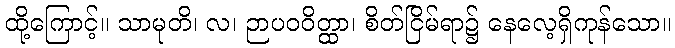
ထို့ကြောင့်။ သာမုတိ၊ လ၊ ဉာပဝဝိတ္ထာ၊ စိတ်ငြိမ်ရာ၌ နေလေ့ရှိကုန်သော။